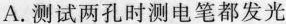
A.测试两孔时测电笔都发光